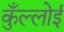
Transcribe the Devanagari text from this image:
कुँल्लोई